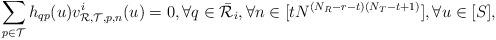
LaTeX: \begin{align*}\sum_{p\in \mathcal{T}}h_{qp}(u)v_{{\mathcal{R}},{\mathcal{T}},p,n}^i(u)=0, \forall q\in \bar{\mathcal{R}}_i,\forall n\in[tN^{(N_R-r-t)(N_T-t+1)}],\forall u\in[S],\end{align*}